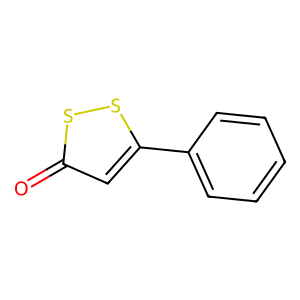
SMILES: O=c1cc(-c2ccccc2)ss1
Inhibits HIV replication: No